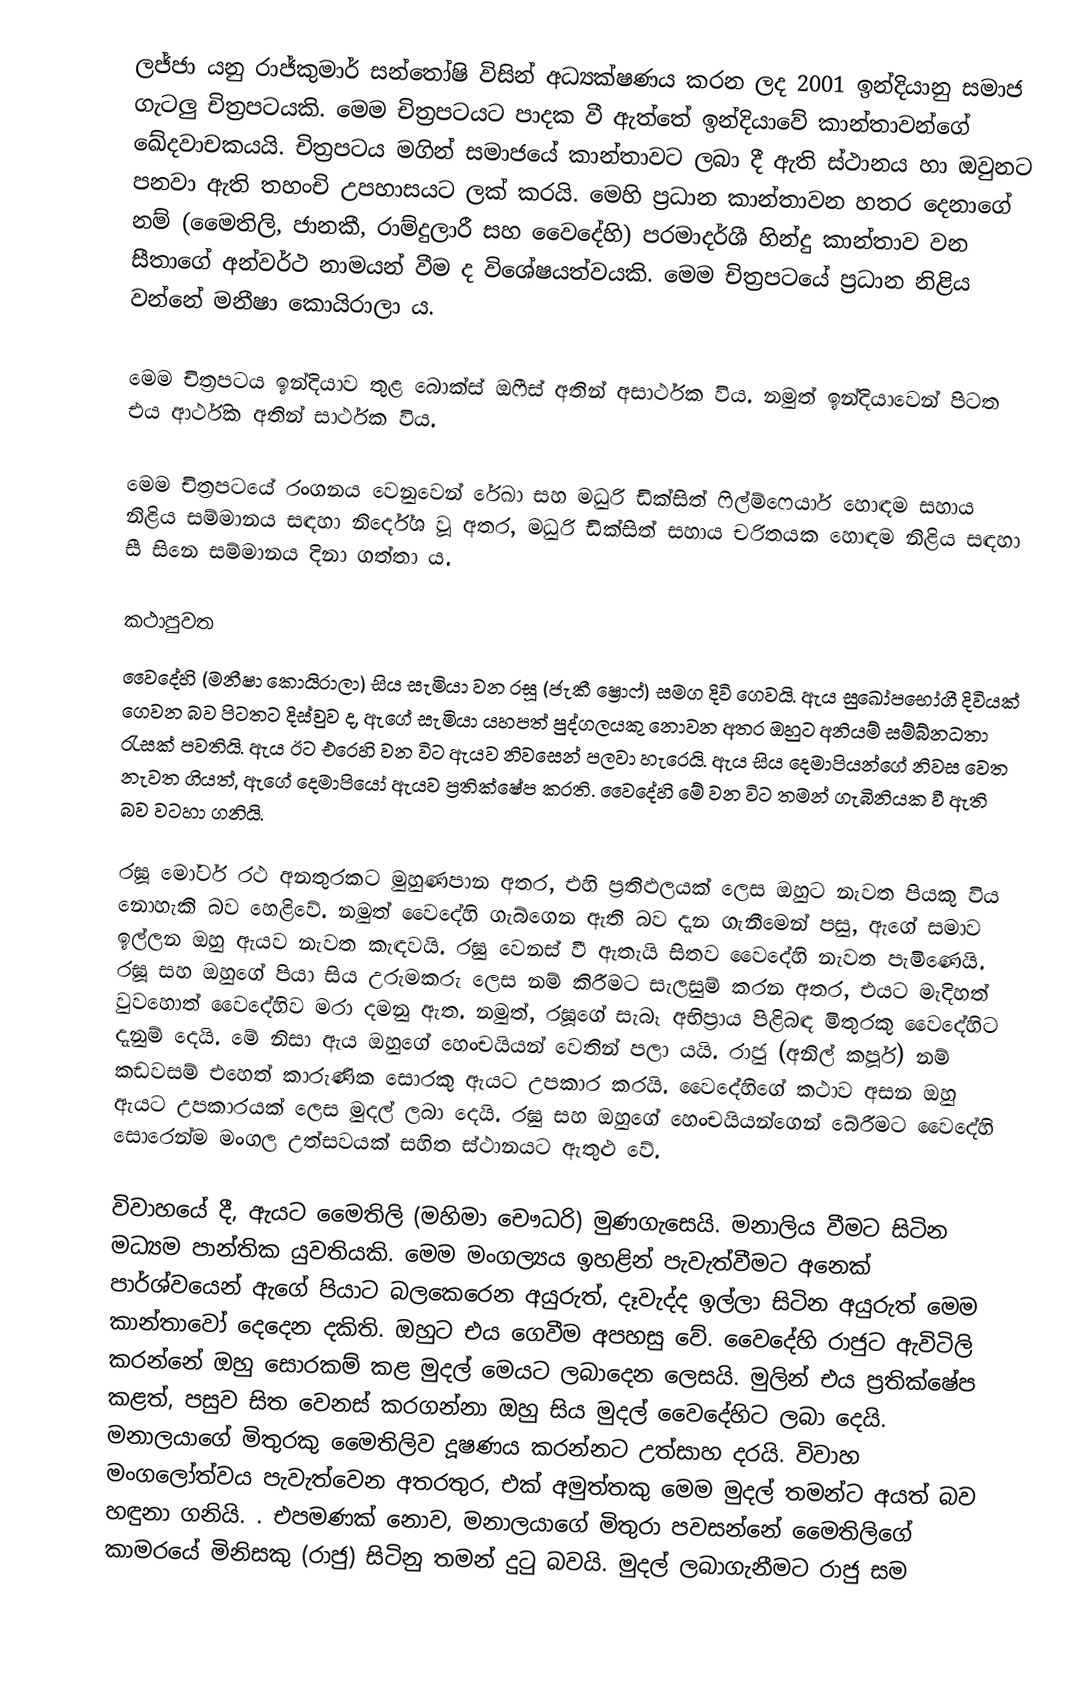
ලජ්ජා යනු රාජ්කුමාර් සන්තෝෂි විසින් අධ්‍යක්ෂණය කරන ලද 2001 ඉන්දියානු සමාජ ගැටලු චිත්‍රපටයකි. මෙම චිත්‍රපටයට පාදක වී ඇත්තේ ඉන්දියාවේ කාන්තාවන්ගේ ඛේදවාචකයයි. චිත්‍රපටය මගින් සමාජයේ කාන්තාවට ලබා දී ඇති ස්ථානය හා ඔවුනට පනවා ඇති තහංචි උපහාසයට ලක් කරයි. මෙහි ප්‍රධාන කාන්තාවන හතර දෙනාගේ නම් (මෛතිලි, ජානකී, රාම්දුලාරී සහ වෛදේහි) පරමාදර්ශී හින්දු කාන්තාව වන සීතාගේ අන්වර්ථ නාමයන් වීම ද විශේෂයත්වයකි. මෙම චිත්‍රපටයේ ප්‍රධාන නිළිය වන්නේ මනීෂා කොයිරාලා ය.

මෙම චිත්‍රපටය ඉන්දියාව තුළ බොක්ස් ඔෆීස් අතින් අසාර්ථක විය. නමුත් ඉන්දියාවෙන් පිටත එය ආර්ථික අතින් සාර්ථක විය.

මෙම චිත්‍රපටයේ රංගනය වෙනුවෙන් රේඛා සහ මධුරි ඩික්සිත් ෆිල්ම්ෆෙයාර් හොඳම සහාය නිළිය සම්මානය සඳහා නිර්දේශ වූ අතර, මධුරි ඩික්සිත් සහාය චරිතයක හොඳම නිළිය සඳහා සී සිනෙ සම්මානය දිනා ගත්තා ය.

කථාපුවත
වෛදේහි (මනීෂා කොයිරාලා) සිය සැමියා වන රඝූ (ජැකී ෂ්‍රොෆ්) සමග දිවි ගෙවයි. ඇය සුඛෝපභෝගී දිවියක් ගෙවන බව පිටතට දිස්වුව ද, ඇගේ සැමියා යහපත් පුද්ගලයකු නොවන අතර ඔහුට අනියම් සම්බ්නධතා රැසක් පවතියි. ඇය ඊට එරෙහි වන විට ඇයව නිවසෙන් පලවා හැරෙයි. ඇය සිය දෙමාපියන්ගේ නිවස වෙත නැවත ගියත්, ඇගේ දෙමාපියෝ ඇයව ප්‍රතික්ෂේප කරති. වෛදේහි මේ වන විට තමන් ගැබිනියක වී ඇති බව වටහා ගනියි.

රඝූ මෝටර් රථ අනතුරකට මුහුණපාන අතර, එහි ප්‍රතිඵලයක් ලෙස ඔහුට නැවත පියකු විය නොහැකි බව හෙළිවේ. නමුත් වෛදේහි ගැබ්ගෙන ඇති බව දැන ගැනීමෙන් පසු, ඇගේ සමාව ඉල්ලන ඔහු ඇයව නැවත කැඳවයි. රඝු වෙනස් වී ඇතැයි සිතව වෛදේහි නැවත පැමිණෙයි. රඝූ සහ ඔහුගේ පියා සිය උරුමකරු ලෙස නම් කිරීමට සැලසුම් කරන අතර, එයට මැදිහත් වුවහොත් වෛදේහිව මරා දමනු ඇත. නමුත්, රඝූගේ සැබෑ අභිප්‍රාය පිළිබඳ මිතුරකු වෛදේහිට දැනුම් දෙයි. මේ නිසා ඇය ඔහුගේ හෙංචයියන් වෙතින් පලා යයි. රාජු (අනිල් කපූර්) නම් කඩවසම් එහෙත් කාරුණික සොරකු ඇයට උපකාර කරයි. වෛදේහිගේ කථාව අසන ඔහු ඇයට උපකාරයක් ලෙස මුදල් ලබා දෙයි. රඝු සහ ඔහුගේ හෙංචයියන්ගෙන් බේරීමට වෛදේහි සොරෙන්ම මංගල උත්සවයක් සහිත ස්ථානයට ඇතුළු වේ.

විවාහයේ දී, ඇයට මෛතිලි (මහිමා චෞධරි) මුණගැසෙයි. මනාලිය වීමට සිටින මධ්‍යම පාන්තික යුවතියකි. මෙම මංගල්‍යය ඉහළින් පැවැත්වීමට අනෙක් පාර්ශ්වයෙන් ඇගේ පියාට බලකෙරෙන අයුරුත්, දෑවැද්ද ඉල්ලා සිටින අයුරුත් මෙම කාන්තාවෝ දෙදෙන දකිති. ඔහුට එය ගෙවීම අපහසු වේ. වෛදේහි රාජුට ඇවිටිලි කරන්නේ ඔහු සොරකම් කළ මුදල් මෙයට ලබාදෙන ලෙසයි. මුලින් එය ප්‍රතික්ෂේප කළත්, පසුව සිත වෙනස් කරගන්නා ඔහු සිය මුදල් වෛදේහිට ලබා දෙයි. මනාලයාගේ මිතුරකු මෛතිලිව දූෂණය කරන්නට උත්සාහ දරයි. විවාහ මංගලෝත්වය පැවැත්වෙන අතරතුර, එක් අමුත්තකු මෙම මුදල් තමන්ට අයත් බව හඳුනා ගනියි. . එපමණක් නොව, මනාලයාගේ මිතුරා පවසන්නේ මෛතිලිගේ කාමරයේ මිනිසකු (රාජු) සිටිනු තමන් දුටු බවයි. මුදල් ලබාගැනීමට රාජු සම